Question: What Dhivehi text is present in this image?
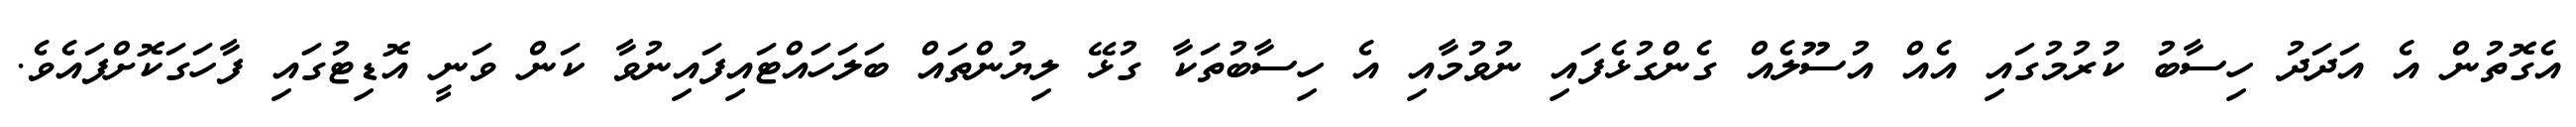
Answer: އެގޮތުން އެ އަދަދު ހިސާބު ކުރުމުގައި އެއް އުސޫލެއް ގެންގުޅެފައި ނުވުމާއި އެ ހިސާބުތަކާ ގުޅޭ ލިޔުންތައް ބަލަހައްޓައިފައިނުވާ ކަން ވަނީ އޮޑިޓުގައި ފާހަގަކޮށްފައެވެ.